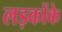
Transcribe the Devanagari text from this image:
लड़कोंके